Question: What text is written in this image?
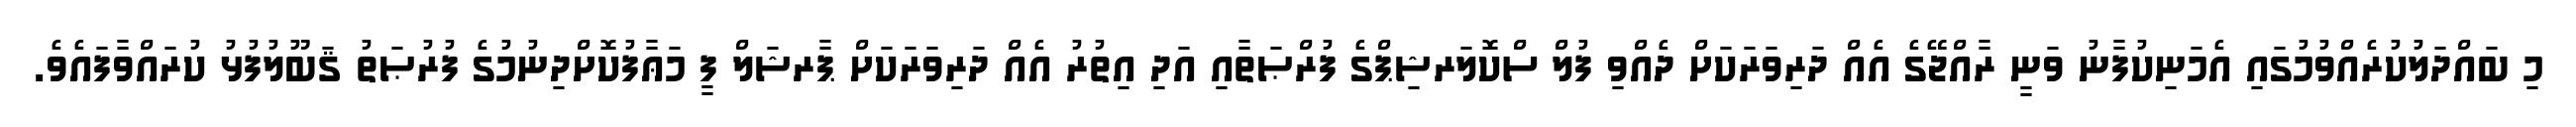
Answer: މި ބައްދަލުކުރެއްވުމުގައި އެމަނިކުފާނު ވަނީ ރާއްޖޭގެ އެއް ދަރިވަރަކަށް ދެއްވި ފުލް ސްކޮލަރޝިޕްގެ ފުރްޞަތާއި އަދި އިތުރު އެއް ދަރިވަރަކަށް ޕާރޝަލް ފީ މަޢާފުކޮށްދިނުމުގެ ފުރުޞަތު ޤަބޫލުފުޅު ކުރައްވާފައެވެ.